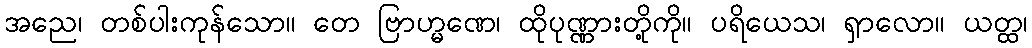
အညေ၊ တစ်ပါးကုန်သော။ တေ ဗြာဟ္မဏေ၊ ထိုပုဏ္ဏားတို့ကို။ ပရိယေသ၊ ရှာလော။ ယတ္ထ၊